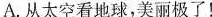
A.从太空看地球，美丽极了！